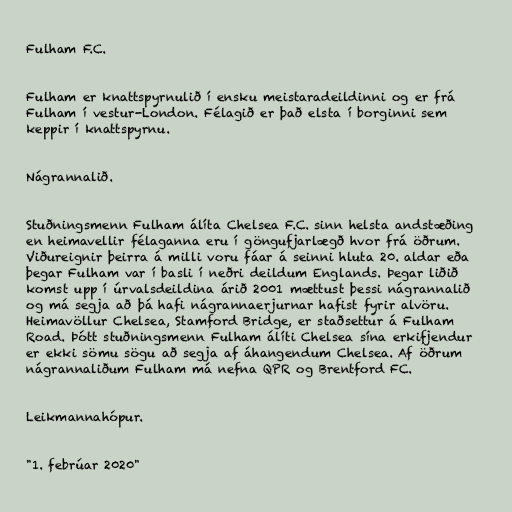
Fulham F.C.

Fulham er knattspyrnulið í ensku meistaradeildinni og er frá
Fulham í vestur-London. Félagið er það elsta í borginni sem
keppir í knattspyrnu.

Nágrannalið.

Stuðningsmenn Fulham álíta Chelsea F.C. sinn helsta andstæðing
en heimavellir félaganna eru í göngufjarlægð hvor frá öðrum.
Viðureignir þeirra á milli voru fáar á seinni hluta 20. aldar eða
þegar Fulham var í basli í neðri deildum Englands. Þegar liðið
komst upp í úrvalsdeildina árið 2001 mættust þessi nágrannalið
og má segja að þá hafi nágrannaerjurnar hafist fyrir alvöru.
Heimavöllur Chelsea, Stamford Bridge, er staðsettur á Fulham
Road. Þótt stuðningsmenn Fulham álíti Chelsea sína erkifjendur
er ekki sömu sögu að segja af áhangendum Chelsea. Af öðrum
nágrannaliðum Fulham má nefna QPR og Brentford FC.

Leikmannahópur.

"1. febrúar 2020"